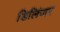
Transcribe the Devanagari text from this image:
डिलिंजर